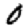
Digit: 0